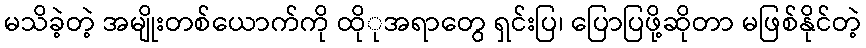
မသိခဲ့တဲ့ အမျိုးတစ်ယောက်ကို ထိုုအရာတွေ ရှင်းပြ၊ ပြောပြဖို့ဆိုတာ မဖြစ်နိုင်တဲ့